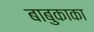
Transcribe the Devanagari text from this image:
बाबुकाका